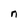
Character: n